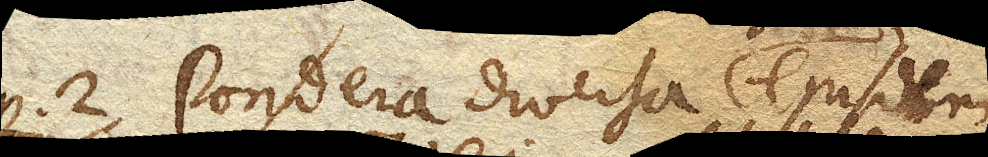
Pondera diversa ejusdem